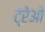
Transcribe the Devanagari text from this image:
ट्रेओ